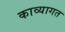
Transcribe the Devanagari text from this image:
काव्यागत